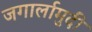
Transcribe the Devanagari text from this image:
जगार्लामुदी